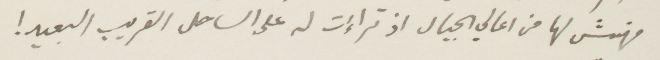
فمهنمش لها من أعالي الجبال اذ تراءت له على الساحل القريب البعيد!